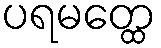
ပရမတ္ထေ